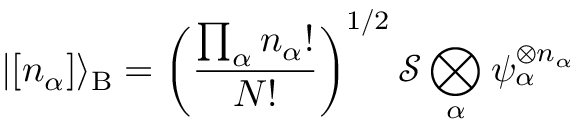
| [ n _ { \alpha } ] \rangle _ { \mathrm { { B } } } = \left( { \frac { \prod _ { \alpha } n _ { \alpha } ! } { N ! } } \right) ^ { 1 / 2 } { \mathcal { S } } \bigotimes _ { \alpha } \psi _ { \alpha } ^ { \otimes n _ { \alpha } }